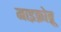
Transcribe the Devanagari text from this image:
माइक्रोब्रू